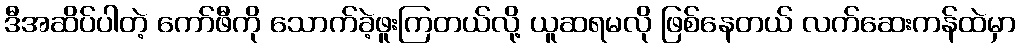
ဒီအဆိပ်ပါတဲ့ ကော်ဖီကို သောက်ခဲ့ဖူးကြတယ်လို့ ယူဆရမလို ဖြစ်နေတယ် လက်ဆေးကန်ထဲမှာ